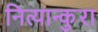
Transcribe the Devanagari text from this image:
नित्यान्कुरा